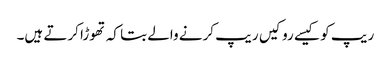
ریپ کو کیسے رو کیں ریپ کرنے والے بتا کہ تھوڑا کرتے ہیں۔